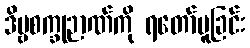
ဒိဗ္ဗစက္ခုဉာဏ်ကို ရတော်မူခြင်း